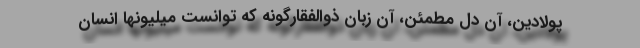
پولادین، آن دل مطمئن، آن زبان ذوالفقارگونه که توانست میلیونها انسان